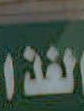
الغذا